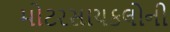
મોટરસાયકલોની